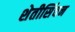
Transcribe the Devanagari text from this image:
शेतीसिंचन